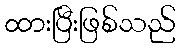
ထားပြီးဖြစ်သည်